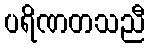
ပရိဏတသညီ